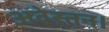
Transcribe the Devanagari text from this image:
अवेस्तन।